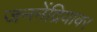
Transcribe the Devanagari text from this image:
जननेंद्रियावर